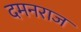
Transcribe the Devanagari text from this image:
दमनराज